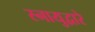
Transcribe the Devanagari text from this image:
स्नायुद्वारे